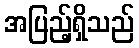
အပြည့်ရှိသည်